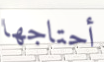
أحتاجها